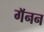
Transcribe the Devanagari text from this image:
गॅनन